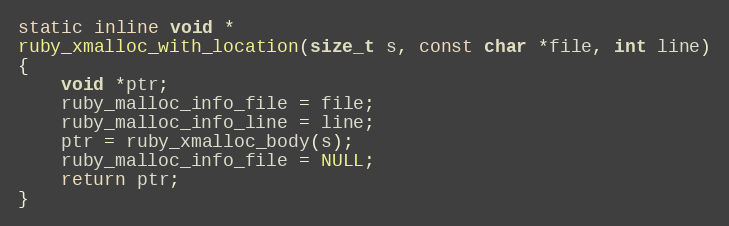
Language: C
static inline void *
ruby_xmalloc_with_location(size_t s, const char *file, int line)
{
    void *ptr;
    ruby_malloc_info_file = file;
    ruby_malloc_info_line = line;
    ptr = ruby_xmalloc_body(s);
    ruby_malloc_info_file = NULL;
    return ptr;
}